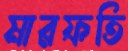
মারফতি